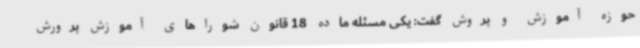
حوزه آموزش و پروش گفت: یکی مسئله ماده 18 قانون شوراهای آموزش پرورش